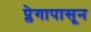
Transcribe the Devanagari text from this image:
प्लेगापासून